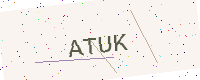
Text: ATUK